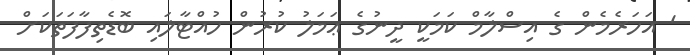
' އަހަރެމެން ގެ އިސްލާމް ކަމަކީ ދީނުގެ ޢަމަލު ކުރުން ހުއްޓާލައި ބޮޑެތިފާފަތަކަށް